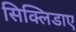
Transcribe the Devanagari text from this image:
सिक्लिडाए